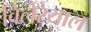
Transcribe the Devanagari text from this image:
विलेरेयाल